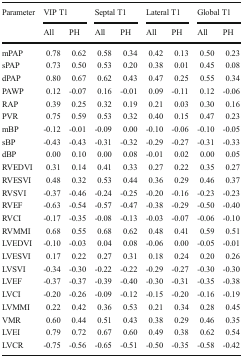
<table><thead><tr><td rowspan="2"><b>Parameter</b></td><td colspan="2"><b>VIP T1</b></td><td colspan="2"><b>Septal T1</b></td><td colspan="2"><b>Lateral T1</b></td><td colspan="2"><b>Global T1</b></td></tr><tr><td><b>All</b></td><td><b>PH</b></td><td><b>All</b></td><td><b>PH</b></td><td><b>All</b></td><td><b>PH</b></td><td><b>All</b></td><td><b>PH</b></td></tr></thead><tbody><tr><td>mPAP</td><td>0.78</td><td>0.62</td><td>0.58</td><td>0.34</td><td>0.42</td><td>0.13</td><td>0.50</td><td>0.23</td></tr><tr><td>sPAP</td><td>0.73</td><td>0.50</td><td>0.53</td><td>0.20</td><td>0.38</td><td>0.01</td><td>0.45</td><td>0.08</td></tr><tr><td>dPAP</td><td>0.80</td><td>0.67</td><td>0.62</td><td>0.43</td><td>0.47</td><td>0.25</td><td>0.55</td><td>0.34</td></tr><tr><td>PAWP</td><td>0.12</td><td>-0.07</td><td>0.16</td><td>-0.01</td><td>0.09</td><td>-0.11</td><td>0.12</td><td>-0.06</td></tr><tr><td>RAP</td><td>0.39</td><td>0.25</td><td>0.32</td><td>0.19</td><td>0.21</td><td>0.03</td><td>0.30</td><td>0.16</td></tr><tr><td>PVR</td><td>0.75</td><td>0.59</td><td>0.53</td><td>0.32</td><td>0.40</td><td>0.15</td><td>0.47</td><td>0.23</td></tr><tr><td>mBP</td><td>-0.12</td><td>-0.01</td><td>-0.09</td><td>0.00</td><td>-0.10</td><td>-0.06</td><td>-0.10</td><td>-0.05</td></tr><tr><td>sBP</td><td>-0.43</td><td>-0.43</td><td>-0.31</td><td>-0.32</td><td>-0.29</td><td>-0.27</td><td>-0.31</td><td>-0.33</td></tr><tr><td>dBP</td><td>0.00</td><td>0.10</td><td>0.00</td><td>0.08</td><td>-0.01</td><td>0.02</td><td>0.00</td><td>0.05</td></tr><tr><td>RVEDVI</td><td>0.31</td><td>0.14</td><td>0.41</td><td>0.33</td><td>0.27</td><td>0.22</td><td>0.35</td><td>0.27</td></tr><tr><td>RVESVI</td><td>0.48</td><td>0.32</td><td>0.53</td><td>0.44</td><td>0.36</td><td>0.29</td><td>0.46</td><td>0.37</td></tr><tr><td>RVSVI</td><td>-0.37</td><td>-0.46</td><td>-0.24</td><td>-0.25</td><td>-0.20</td><td>-0.16</td><td>-0.23</td><td>-0.23</td></tr><tr><td>RVEF</td><td>-0.63</td><td>-0.54</td><td>-0.57</td><td>-0.47</td><td>-0.38</td><td>-0.29</td><td>-0.50</td><td>-0.40</td></tr><tr><td>RVCI</td><td>-0.17</td><td>-0.35</td><td>-0.08</td><td>-0.13</td><td>-0.03</td><td>-0.07</td><td>-0.06</td><td>-0.10</td></tr><tr><td>RVMMI</td><td>0.68</td><td>0.55</td><td>0.68</td><td>0.62</td><td>0.48</td><td>0.41</td><td>0.59</td><td>0.51</td></tr><tr><td>LVEDVI</td><td>-0.10</td><td>-0.03</td><td>0.04</td><td>0.08</td><td>-0.06</td><td>0.00</td><td>-0.05</td><td>-0.01</td></tr><tr><td>LVESVI</td><td>0.17</td><td>0.22</td><td>0.27</td><td>0.31</td><td>0.18</td><td>0.24</td><td>0.20</td><td>0.26</td></tr><tr><td>LVSVI</td><td>-0.34</td><td>-0.30</td><td>-0.22</td><td>-0.22</td><td>-0.29</td><td>-0.27</td><td>-0.30</td><td>-0.30</td></tr><tr><td>LVEF</td><td>-0.37</td><td>-0.37</td><td>-0.39</td><td>-0.40</td><td>-0.30</td><td>-0.31</td><td>-0.35</td><td>-0.38</td></tr><tr><td>LVCI</td><td>-0.20</td><td>-0.26</td><td>-0.09</td><td>-0.12</td><td>-0.15</td><td>-0.20</td><td>-0.16</td><td>-0.19</td></tr><tr><td>LVMMI</td><td>0.22</td><td>0.42</td><td>0.36</td><td>0.53</td><td>0.21</td><td>0.34</td><td>0.28</td><td>0.45</td></tr><tr><td>VMR</td><td>0.60</td><td>0.44</td><td>0.51</td><td>0.43</td><td>0.38</td><td>0.29</td><td>0.46</td><td>0.35</td></tr><tr><td>LVEI</td><td>0.79</td><td>0.72</td><td>0.67</td><td>0.60</td><td>0.49</td><td>0.38</td><td>0.62</td><td>0.54</td></tr><tr><td>LVCR</td><td>-0.75</td><td>-0.56</td><td>-0.65</td><td>-0.51</td><td>-0.50</td><td>-0.35</td><td>-0.58</td><td>-0.42</td></tr></tbody></table>